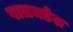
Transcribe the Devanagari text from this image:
पालमडेल